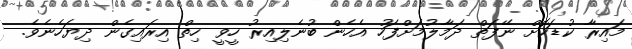
މައިރާ ކުޑަކޮށް ނޭފަތް ދަމާލުމަށްފަހު އެހެން ބުނެލިއިރު ހީވީ ހިތް އިރައިގެން ދިޔަހެނެވެ.